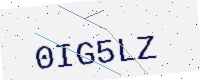
Text: 0IG5LZ